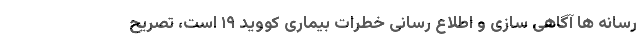
رسانه ها آگاهی سازی و اطلاع رسانی خطرات بیماری کووید ۱۹ است، تصریح